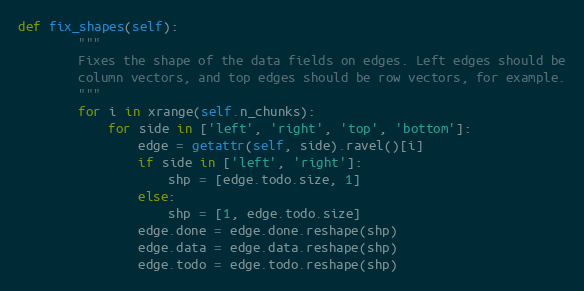
Language: Python
def fix_shapes(self):
        """
        Fixes the shape of the data fields on edges. Left edges should be
        column vectors, and top edges should be row vectors, for example.
        """
        for i in xrange(self.n_chunks):
            for side in ['left', 'right', 'top', 'bottom']:
                edge = getattr(self, side).ravel()[i]
                if side in ['left', 'right']:
                    shp = [edge.todo.size, 1]
                else:
                    shp = [1, edge.todo.size]
                edge.done = edge.done.reshape(shp)
                edge.data = edge.data.reshape(shp)
                edge.todo = edge.todo.reshape(shp)